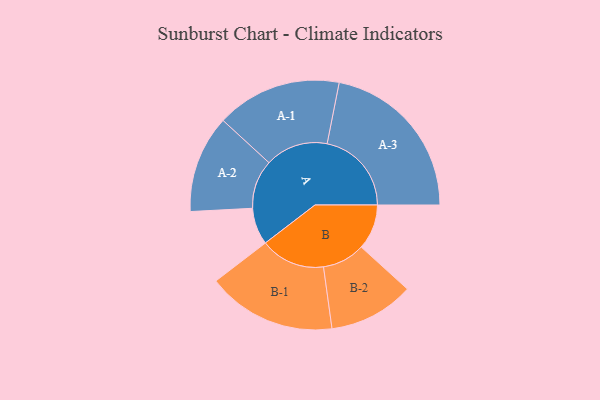
{"axis": {"x": "Segment", "y": "Value"}, "legend": ["", "A", "B"], "data": [{"x": "A", "y": 114, "type": ""}, {"x": "B", "y": 140, "type": ""}, {"x": "A-1", "y": 194, "type": "A"}, {"x": "A-2", "y": 151, "type": "A"}, {"x": "A-3", "y": 261, "type": "A"}, {"x": "B-1", "y": 200, "type": "B"}, {"x": "B-2", "y": 132, "type": "B"}]}